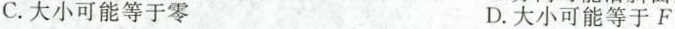
C.大小可能等于零 D.大小可能等于F